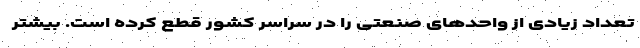
تعداد زیادی از واحدهای صنعتی را در سراسر کشور قطع کرده است. بیشتر